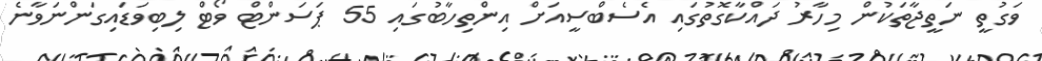
ވަގުތީ ނަތީޖާތަކުން މިހާރު ދައްކާގޮތުގައި އެސެބްސީއަށް އިންތިހާބުގައި 55 ޕަސަންޓް ވޯޓް ލިބިވަޑައިގަންނަވާނެ